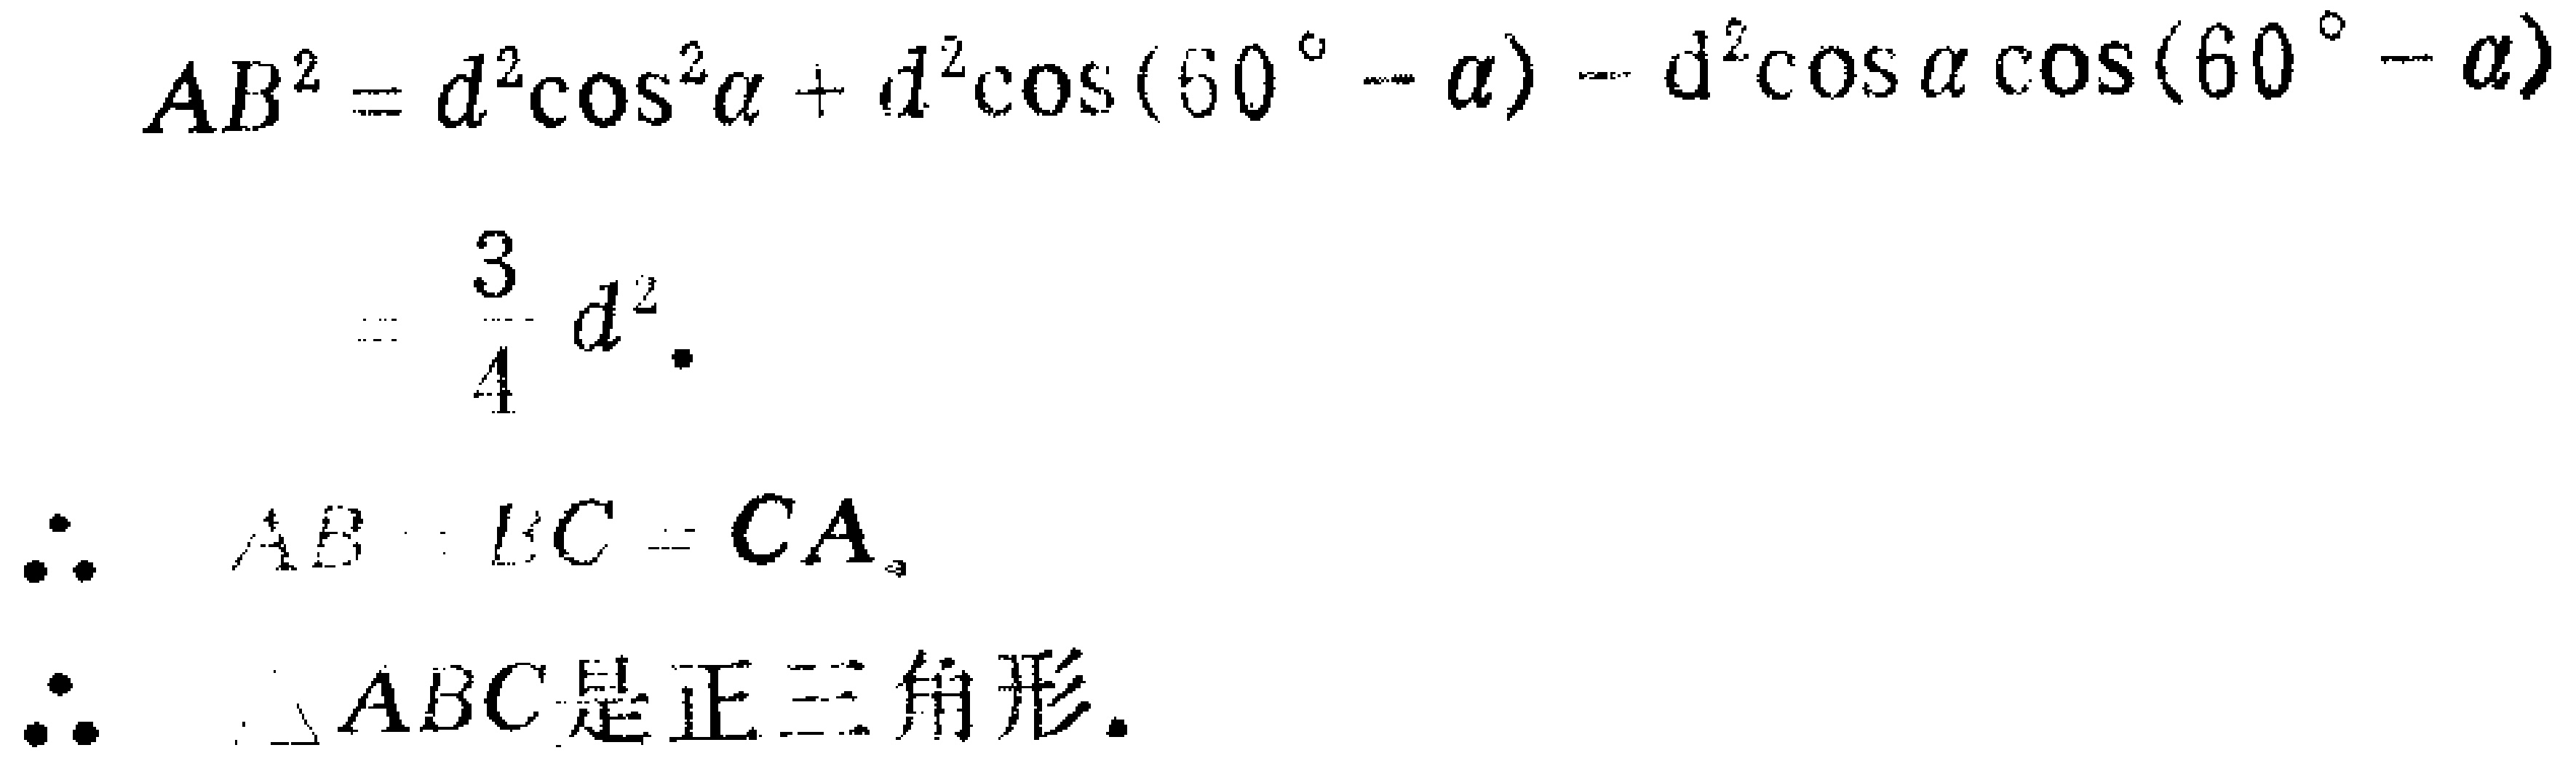
\[
\begin{align*}
AB^{2}&=d^{2}\cos^{2}\alpha + d^{2}\cos(60^{\circ}-\alpha)-d^{2}\cos\alpha\cos(60^{\circ}-\alpha)\\
&=\frac{3}{4}d^{2}
\end{align*}
\]
\(\therefore AB = BC = CA\)
\(\therefore \triangle ABC\text{是正三角形.}\)